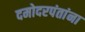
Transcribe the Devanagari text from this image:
दमोदरपंतांना